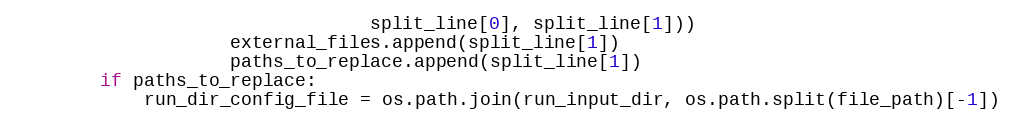
Language: Python
                                 split_line[0], split_line[1]))
                    external_files.append(split_line[1])
                    paths_to_replace.append(split_line[1])
        if paths_to_replace:
            run_dir_config_file = os.path.join(run_input_dir, os.path.split(file_path)[-1])